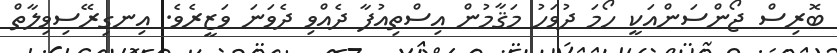
ބޮރިސް ޖޯންސަންއަކީ ހޯމަ ދުވަހު މަޤާމުން އިސްތިއުފާ ދެއްވި ދެވަނަ ވަޒީރެވެ. އިނގިރޭސިވިލާތް